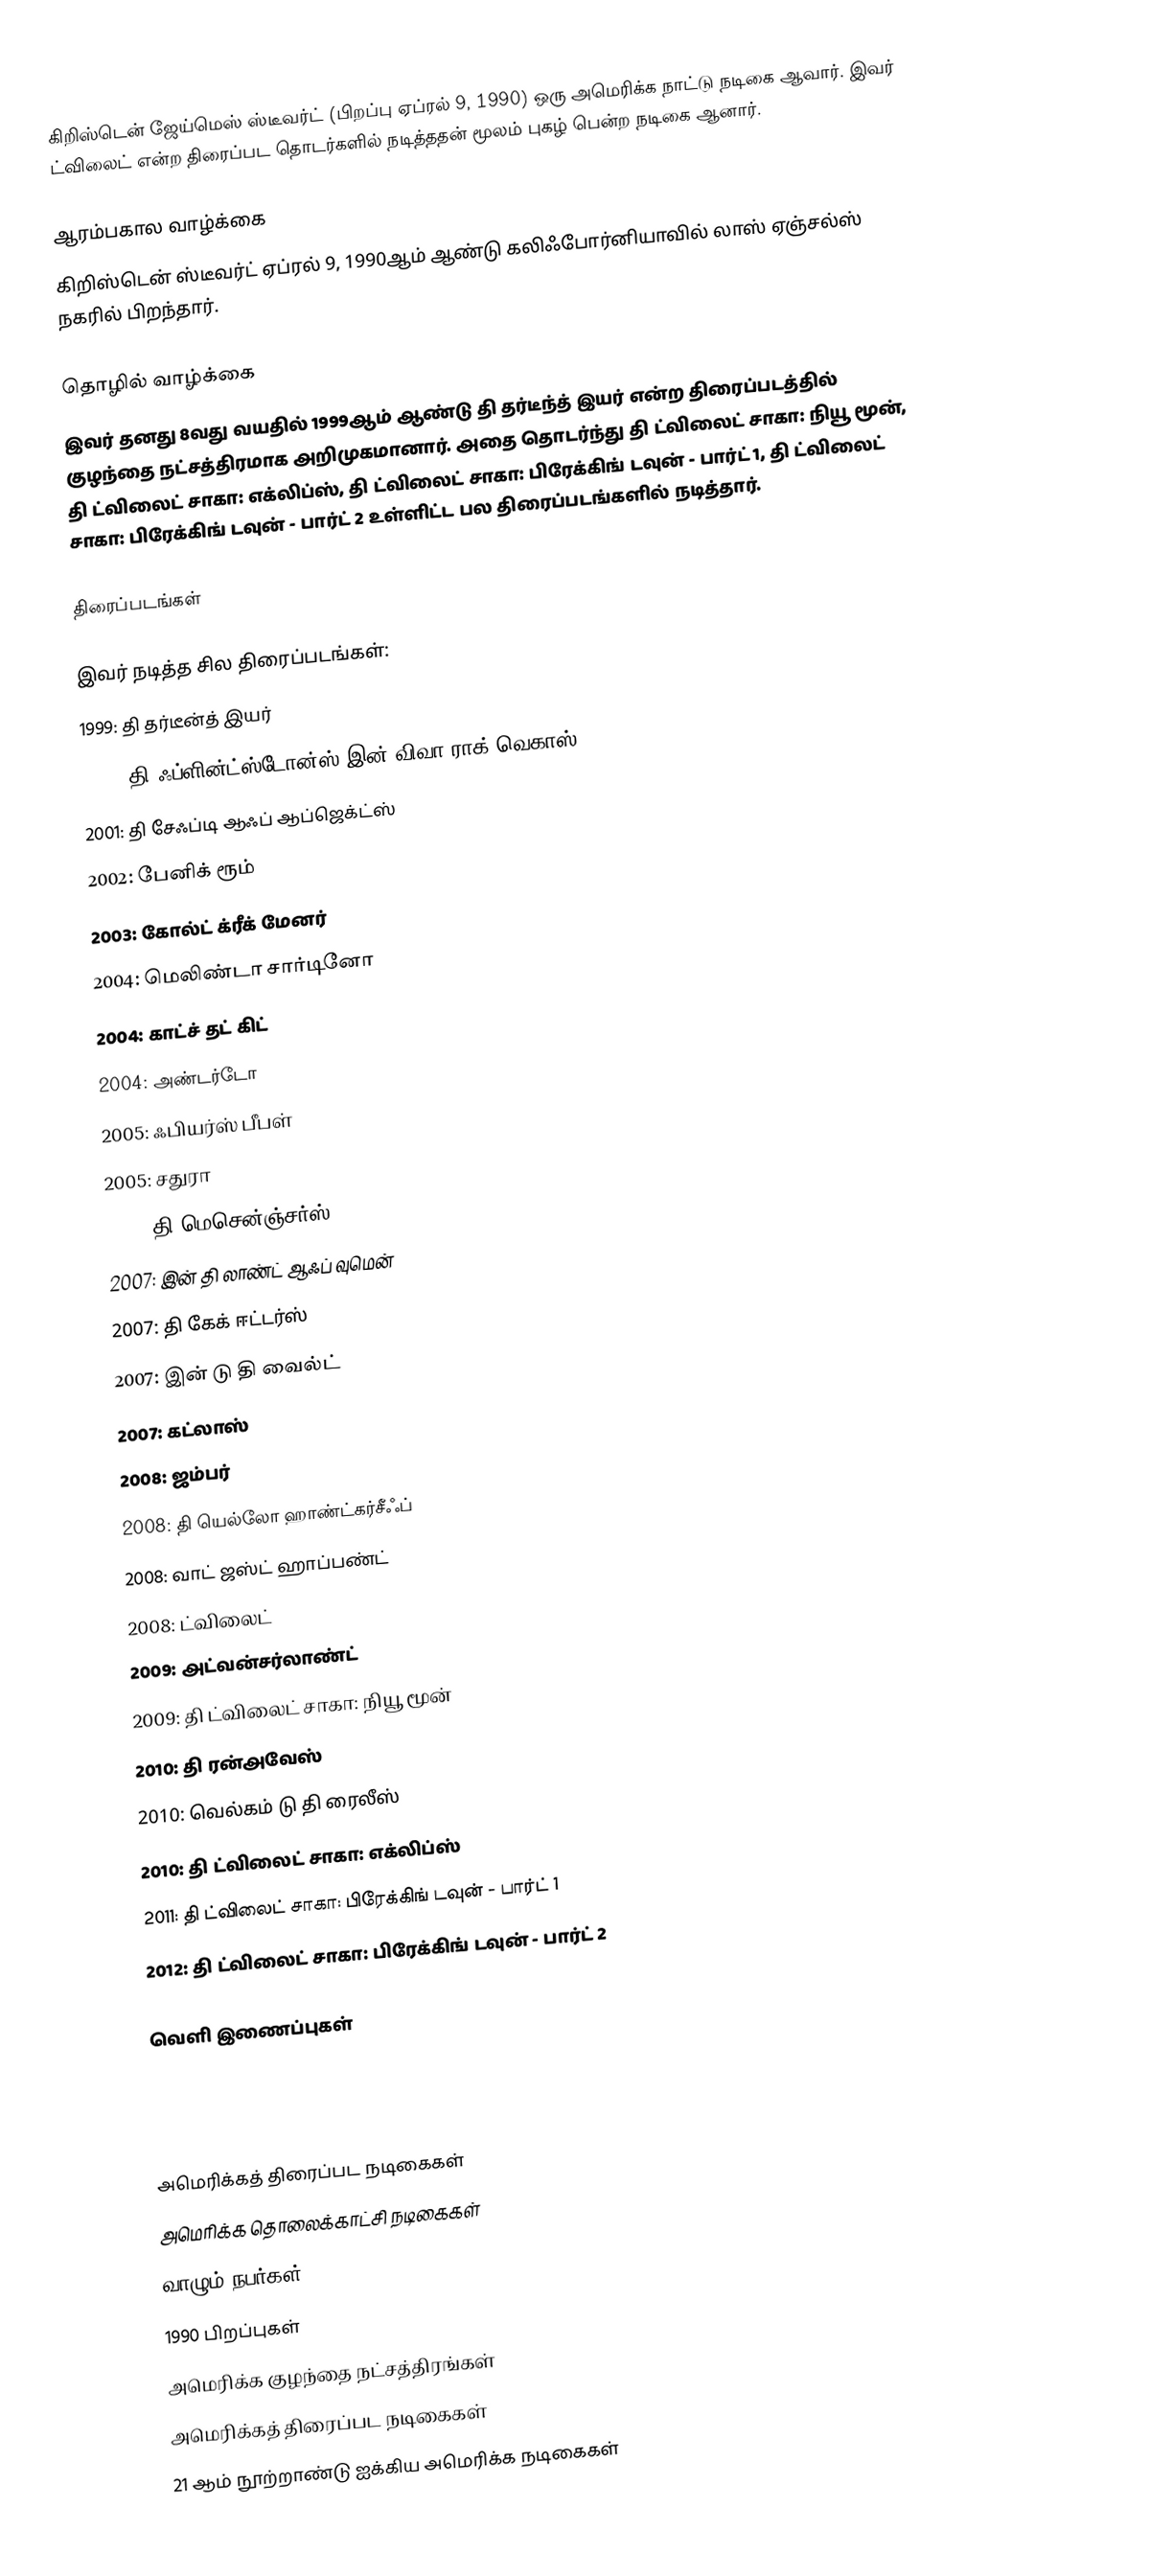
கிறிஸ்டென் ஜேய்மெஸ் ஸ்டீவர்ட் (பிறப்பு ஏப்ரல் 9, 1990) ஒரு அமெரிக்க நாட்டு நடிகை ஆவார். இவர் ட்விலைட் என்ற திரைப்பட தொடர்களில் நடித்ததன் மூலம் புகழ் பென்ற நடிகை ஆனார்.

ஆரம்பகால வாழ்க்கை
கிறிஸ்டென் ஸ்டீவர்ட் ஏப்ரல் 9, 1990ஆம் ஆண்டு கலிஃபோர்னியாவில் லாஸ் ஏஞ்சல்ஸ் நகரில் பிறந்தார்.

தொழில் வாழ்க்கை
இவர் தனது 8வது வயதில் 1999ஆம் ஆண்டு தி தர்டீந்த் இயர் என்ற திரைப்படத்தில் குழந்தை நட்சத்திரமாக அறிமுகமானார். அதை தொடர்ந்து தி ட்விலைட் சாகா: நியூ மூன், தி ட்விலைட் சாகா: எக்லிப்ஸ், தி ட்விலைட் சாகா: பிரேக்கிங் டவுன் - பார்ட் 1, தி ட்விலைட் சாகா: பிரேக்கிங் டவுன் - பார்ட் 2 உள்ளிட்ட பல திரைப்படங்களில் நடித்தார்.

திரைப்படங்கள்

இவர் நடித்த சில திரைப்படங்கள்:
 1999: தி தர்டீன்த் இயர்
 2000: தி ஃப்ளின்ட்ஸ்டோன்ஸ் இன் விவா ராக் வெகாஸ்
 2001: தி சேஃப்டி ஆஃப் ஆப்ஜெக்ட்ஸ்
 2002: பேனிக் ரூம்
 2003: கோல்ட் க்ரீக் மேனர்
 2004: மெலிண்டா சார்டினோ
 2004: காட்ச் தட் கிட்
 2004: அண்டர்டோ
 2005: ஃபியர்ஸ் பீபள்
 2005: சதுரா
 2007: தி மெசென்ஞ்சர்ஸ்
 2007: இன் தி லாண்ட் ஆஃப் வுமென்
 2007: தி கேக் ஈட்டர்ஸ்
 2007: இன் டு தி வைல்ட்
 2007: கட்லாஸ்
 2008: ஜம்பர்
 2008: தி யெல்லோ ஹாண்ட்கர்சீஃப்
 2008: வாட் ஜஸ்ட் ஹாப்பண்ட்
 2008: ட்விலைட்
 2009: அட்வன்சர்லாண்ட்
 2009: தி ட்விலைட் சாகா: நியூ மூன்
 2010: தி ரன்அவேஸ்
 2010: வெல்கம் டு தி ரைலீஸ்
 2010: தி ட்விலைட் சாகா: எக்லிப்ஸ்
 2011: தி ட்விலைட் சாகா: பிரேக்கிங் டவுன் - பார்ட் 1
 2012: தி ட்விலைட் சாகா: பிரேக்கிங் டவுன் - பார்ட் 2

வெளி இணைப்புகள்

அமெரிக்கத் திரைப்பட நடிகைகள்
அமெரிக்க தொலைக்காட்சி நடிகைகள்
வாழும் நபர்கள்
1990 பிறப்புகள்
அமெரிக்க குழந்தை நட்சத்திரங்கள்
அமெரிக்கத் திரைப்பட நடிகைகள்
21 ஆம் நூற்றாண்டு ஐக்கிய அமெரிக்க நடிகைகள்